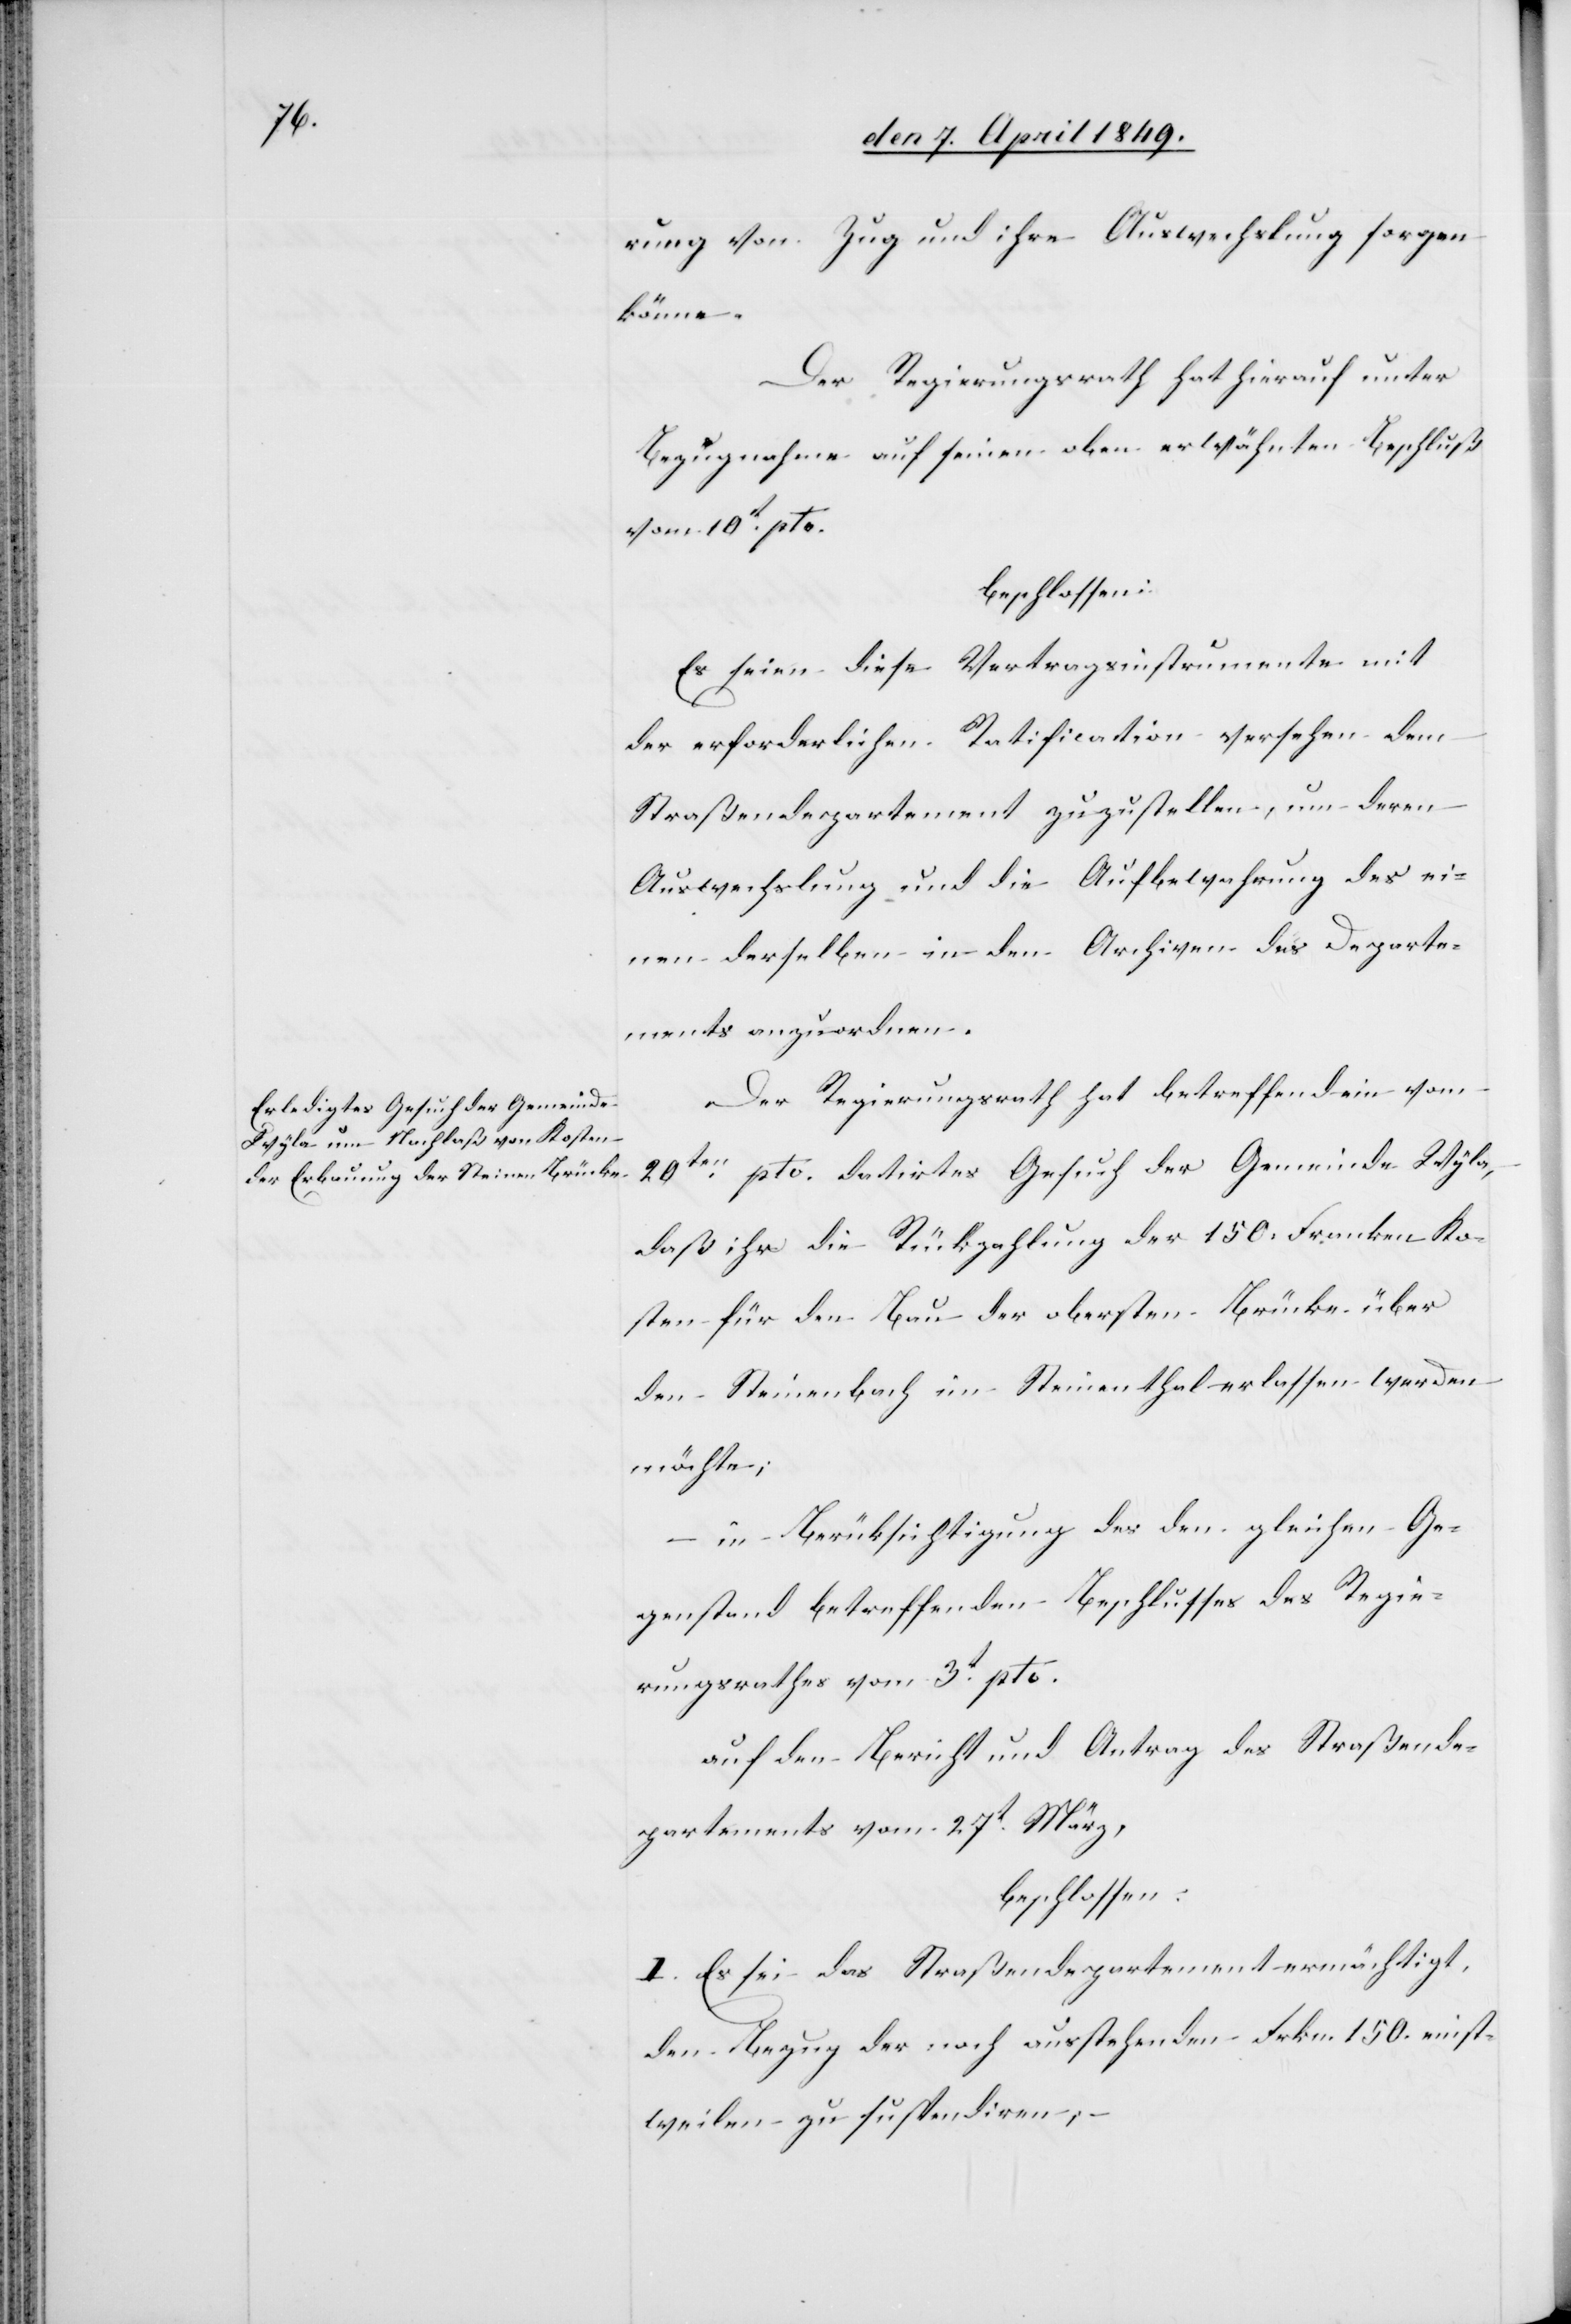
rung von Zug und ihre Auswechslung sorgen
könne.
Der Regierungsrath hat hierauf unter
Bezugnahme auf seinen oben erwähnten Beschluß
vom 10t pto.
beschlossen:
Es seien diese Vertragsinstrumente mit
der erforderlichen Ratification versehen dem
Straßendepartement zuzustellen, um deren
Auswechslung und die Aufbewahrung des ei¬
nen derselben in den Archiven des Departe¬
ments anzuordnen.
Der Regierungsrath hat betreffend ein vom
20ten pto. datirtes Gesuch der Gemeinde Wyla,
daß ihr die Rückzahlung der 150. Franken Ko¬
sten für den Bau der obersten Brücke über
den Steinenbach im Steinenthal erlassen werden
möchte;
in Berüksichtigung des den gleichen Ge¬
genstand betreffenden Beschlusses des Regie¬
rungsrathes vom 3t pto.
auf den Bericht und Antrag des Straßende¬
partements vom 27t März,
beschlossen:
I. Es sei das Straßendepartement ermächtigt,
den Bezug der noch ausstehenden Frkn. 150. einst¬
weilen zu suspendiren;